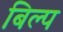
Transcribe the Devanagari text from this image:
बिल्प